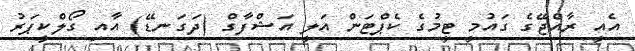
އެއީ ރާއްޖޭގެ ގައުމީ ޓީމުގެ ކެޕްޓަން އަލީ އަޝްފާގް (ދަގަނޑޭ) އާއި ގޯލްކީޕަރު